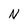
Character: N